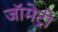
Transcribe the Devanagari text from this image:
जॉमेट्री